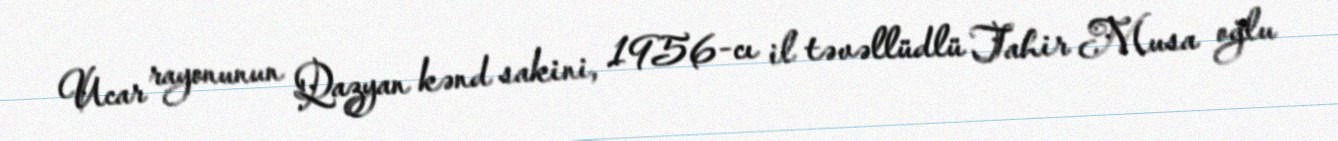
Ucar rayonunun Qazyan kənd sakini, 1956-cı il təvəllüdlü Tahir Musa oğlu